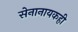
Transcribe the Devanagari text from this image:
सेनानायकही